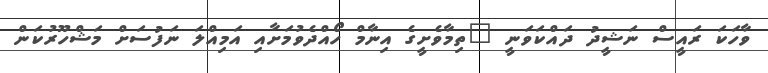
ވާހަކަ ރައީސް ނަޝީދު ދައްކަވަނީ "ތިމާވެށީގެ އިނާމް ހޯއްދެވުމަށާއި އަމިއްލަ ނަފުސަށް މަޝްހޫރުކަން